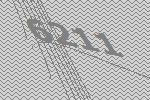
6211